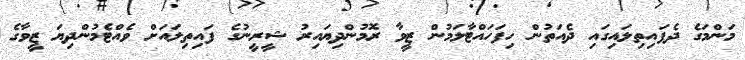
މަންމަގެ ދެފައިތިލައިގައި ދެއަތުން ހިފަހައްޓާލަމުން ޒީވާ ރޮމުންދިޔައިރު ޝީރީނުގެ ފައިތިލައަށް ވެއްޓެމުންދިޔަ ޒީވާގެ